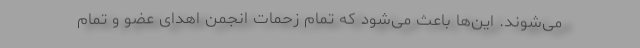
می‌شوند. این‌ها باعث می‌شود که تمام زحمات انجمن اهدای عضو و تمام